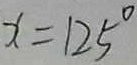
x = 1 2 5 ^ { \circ }